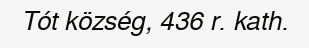
Tót község, 436 r. kath.